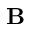
\boldsymbol { \textbf { B } }